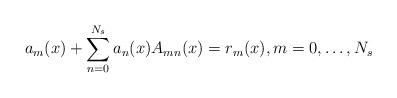
LaTeX: \begin{align*}a_{m}(x)+\sum_{n=0}^{N_{s}}a_{n}(x)A_{mn}(x)=r_{m}(x),m=0,\ldots,N_{s}\end{align*}